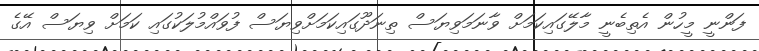
ފަންނީ މީހުން އެތިބެނީ މާލޭގައިކަމަށް ވާނަމަވިޔަސް ތިނަދޫގައިކަމަށްވިޔަސް ފުވައްމުލަކުގައި ކަމަށް ވިޔަސް އޭގެ